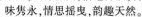
味隽永，情思摇曳，韵趣天然。